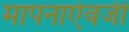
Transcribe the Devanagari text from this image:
मापनाऐवजी